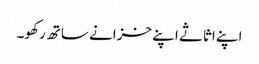
اپنے اثاثے اپنے خزانے ساتھ رکھو۔